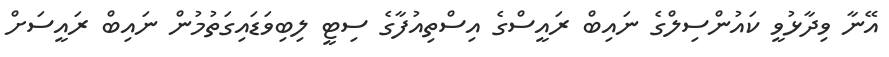
އޭނާ ވިދާޅުވީ ކައުންސިލްގެ ނައިބް ރައީސްގެ އިސްތިއުފާގެ ސިޓީ ލިބިވަޑައިގަތުމުން ނައިބް ރައީސަށް